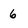
Character: 6